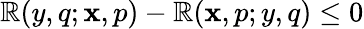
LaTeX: \mathbb{R}(y,q;\mathbf{x},p)-\mathbb{R}(\mathbf{x},p;y,q)\leq0